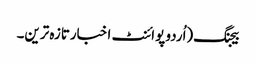
بیجنگ(اُردو پوائنٹ اخبارتازہ ترین۔